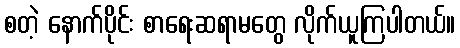
စတဲ့ နောက်ပိုင်း စာရေးဆရာမတွေ လိုက်ယူကြပါတယ်။